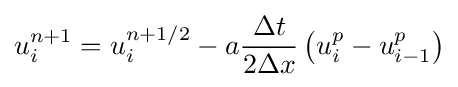
u_{i}^{n+1}=u_{i}^{n+1/2}-a{\frac {\Delta t}{2\Delta x}}\left(u_{i}^{p}-u_{i-1}^{p}\right)